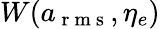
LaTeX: W(a_{\mathrm{~r~m~s~}},\eta_{e})